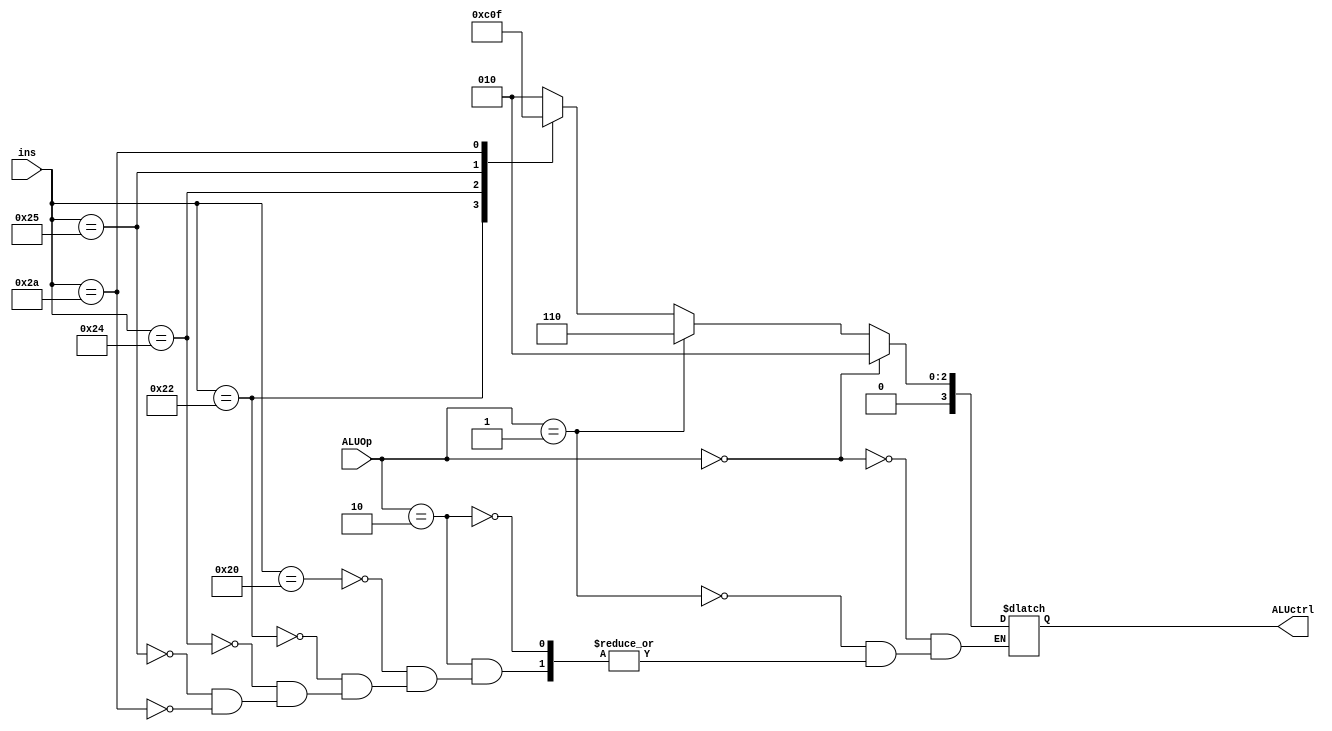
module alu_control_unit(ins, ALUOp, ALUctrl);
	input [5:0] ins;
	input [1:0] ALUOp;
	output reg [3:0] ALUctrl;
	always@ (ins or ALUOp) begin
	  if (ALUOp == 2'b00) 
	    ALUctrl <= 4'b0010; // load, store, (add)
	  else if (ALUOp == 2'b01) 
	    ALUctrl <= 4'b0110; // branch equal (subtract)
	  else if (ALUOp == 2'b10)
	    case(ins)
	       6'b100000 : ALUctrl <= 4'b0010; // ADD
	       6'b100010 : ALUctrl <= 4'b0110; // SUB
	       6'b100100 : ALUctrl <= 4'b0000; // AND
	       6'b100101 : ALUctrl <= 4'b0001; // OR
	       6'b101010 : ALUctrl <= 4'b0111; // set-on-less-than
	    endcase
	end

// complete the code

endmodule